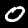
Label: 0